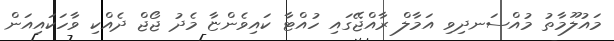
މައުލޫމާތު މުއްސަނދިވި އަމާލް ރާއްޖޭގައި ހުއްޓާ ކައިވެންޏާ މެދު ޖޯޖް ދެއްކި ވާހަކައިއަން